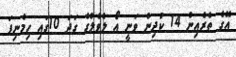
އޭގެ ތެރެއިން 14 ކުދިން ވަނީ އޯ ލެވެލްގެ ގަދަ 10ގައި ހިމެނިފަ